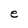
Character: e